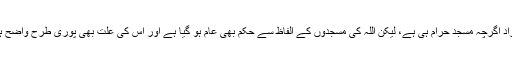
اِس سے مراد اگرچہ مسجد حرام ہی ہے، لیکن اللہ کی مسجدوں کے الفاظ سے حکم بھی عام ہو گیا ہے اور اُس کی علت بھی پوری طرح واضح ہو گئی ہے۔